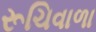
રૂચિવાળા